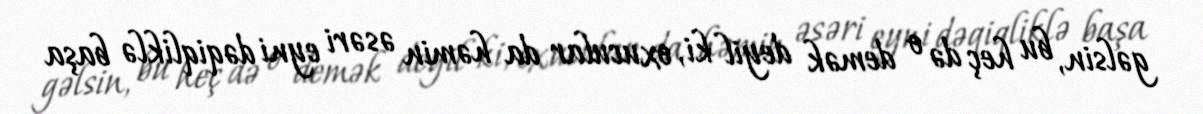
gəlsin, bu heç də o demək deyil ki, oxucular da həmin əsəri eyni dəqiqliklə başa